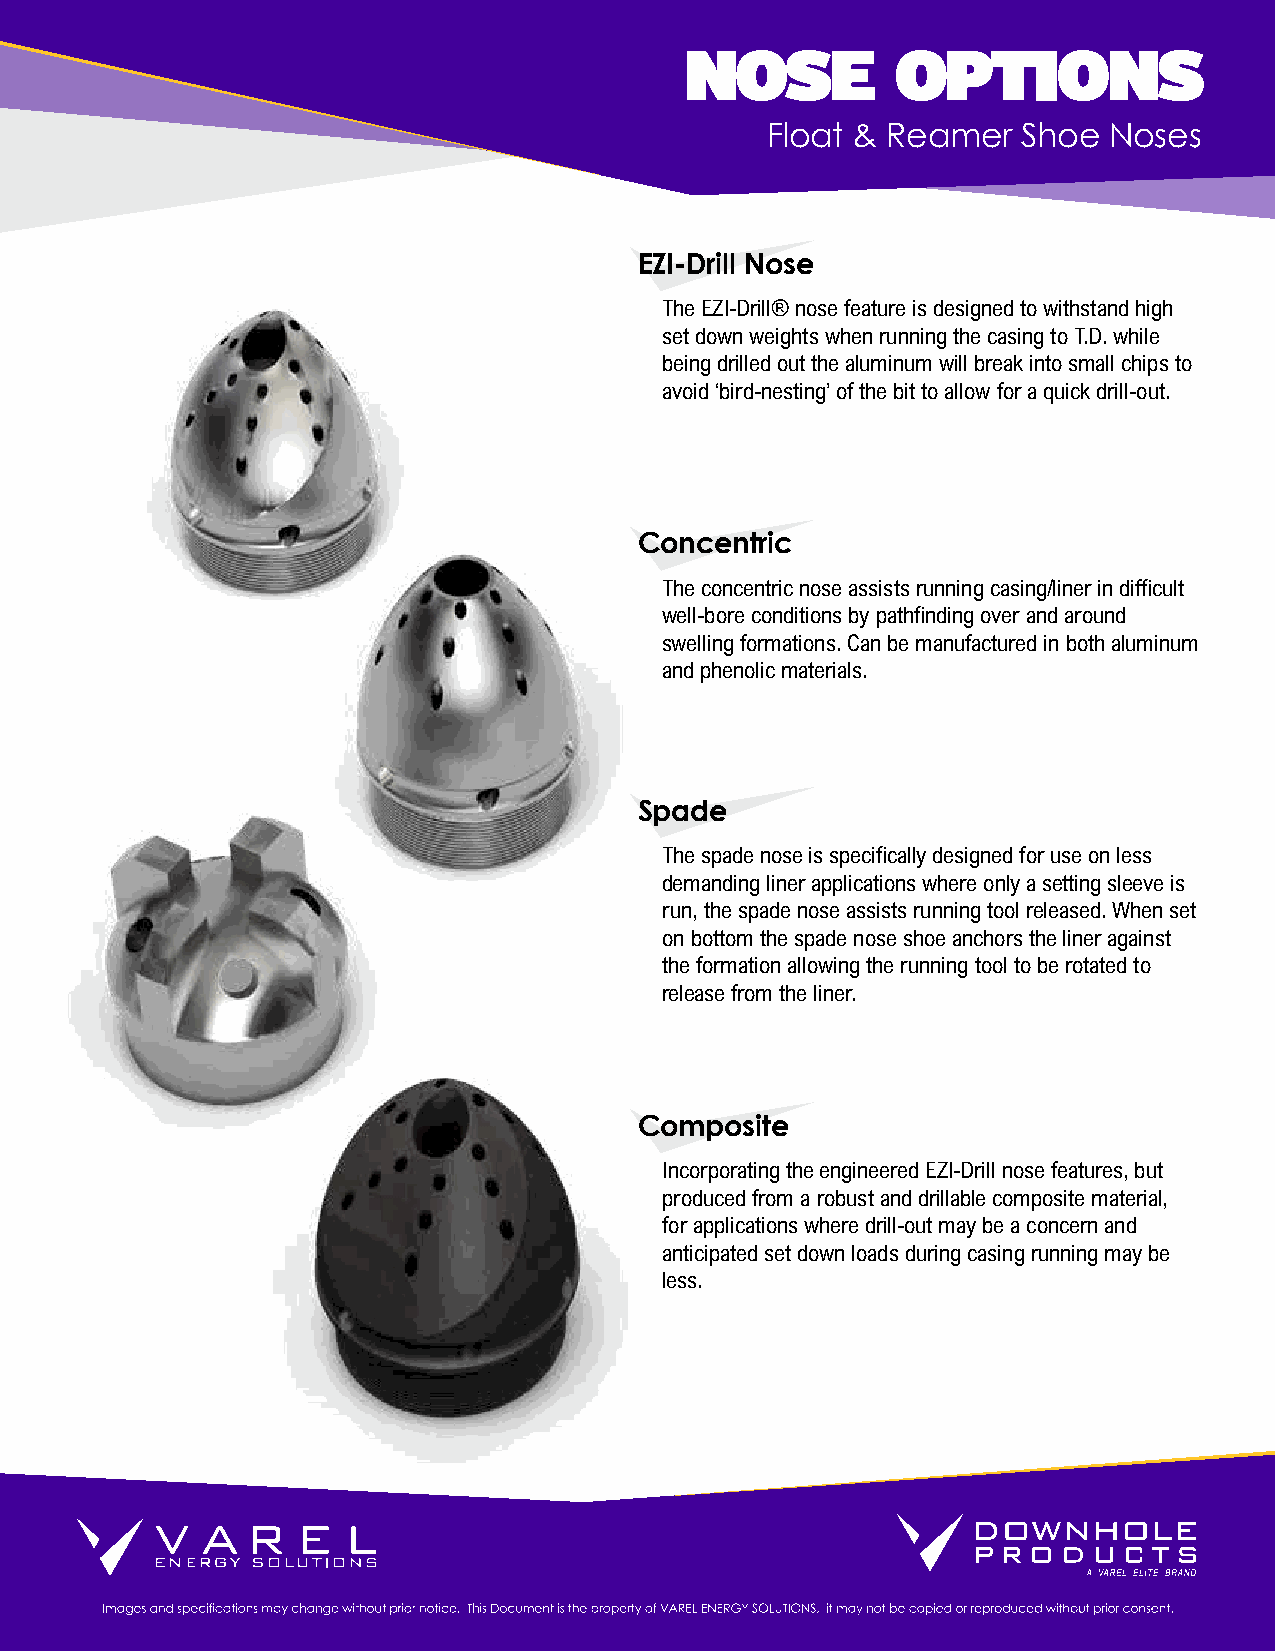
NOSE          OPTIONS
 Float & Reamer   Shoe Noses
 EZI-Drill Nose
 The EZI-Drill® nose feature is designed to withstand high
 set down weights when running the casing to T.D. while
 being drilled out the aluminum will break into small chips to
 avoid ‘bird-nesting’ of the bit to allow for a quick drill-out.
 Concentric
 The concentric nose assists running casing/liner in difficult
 well-bore conditions by pathfinding over and around
 swelling formations. Can be manufactured in both aluminum
 and phenolic materials.
 Spade
 The spade nose is specifically designed for use on less
 demanding liner applications where only a setting sleeve is
 run, the spade nose assists running tool released. When set
 on bottom the spade nose shoe anchors the liner against
 the formation allowing the running tool to be rotated to
 release from the liner.
 Composite
 Incorporating the engineered EZI-Drill nose features, but
 produced from a robust and drillable composite material,
 for applications where drill-out may be a concern and
 anticipated set down loads during casing running may be
 less.